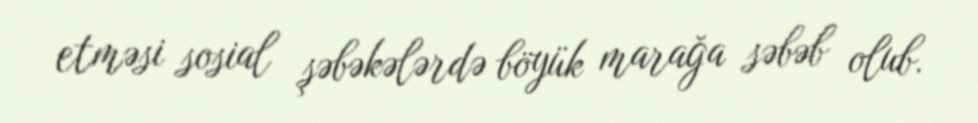
etməsi sosial şəbəkələrdə böyük marağa səbəb olub.